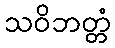
သဝိဘတ္တံ